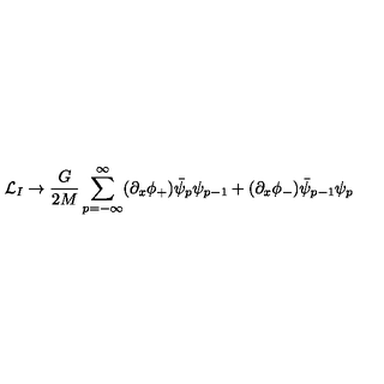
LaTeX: { \cal L } _ { I } \rightarrow \frac { G } { 2 M } \sum _ { p = - \infty } ^ { \infty } ( \partial _ { x } \phi _ { + } ) \bar { \psi } _ { p } \psi _ { p - 1 } + ( \partial _ { x } \phi _ { - } ) \bar { \psi } _ { p - 1 } \psi _ { p }